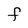
Character: F